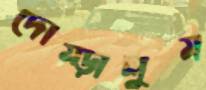
দোম্‌ড়ালুম